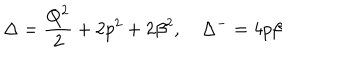
LaTeX: \Delta = \frac { Q ^ { 2 } } { 2 } + 2 p ^ { 2 } + 2 \beta ^ { 2 } , \quad \Delta ^ { - } = 4 p \beta